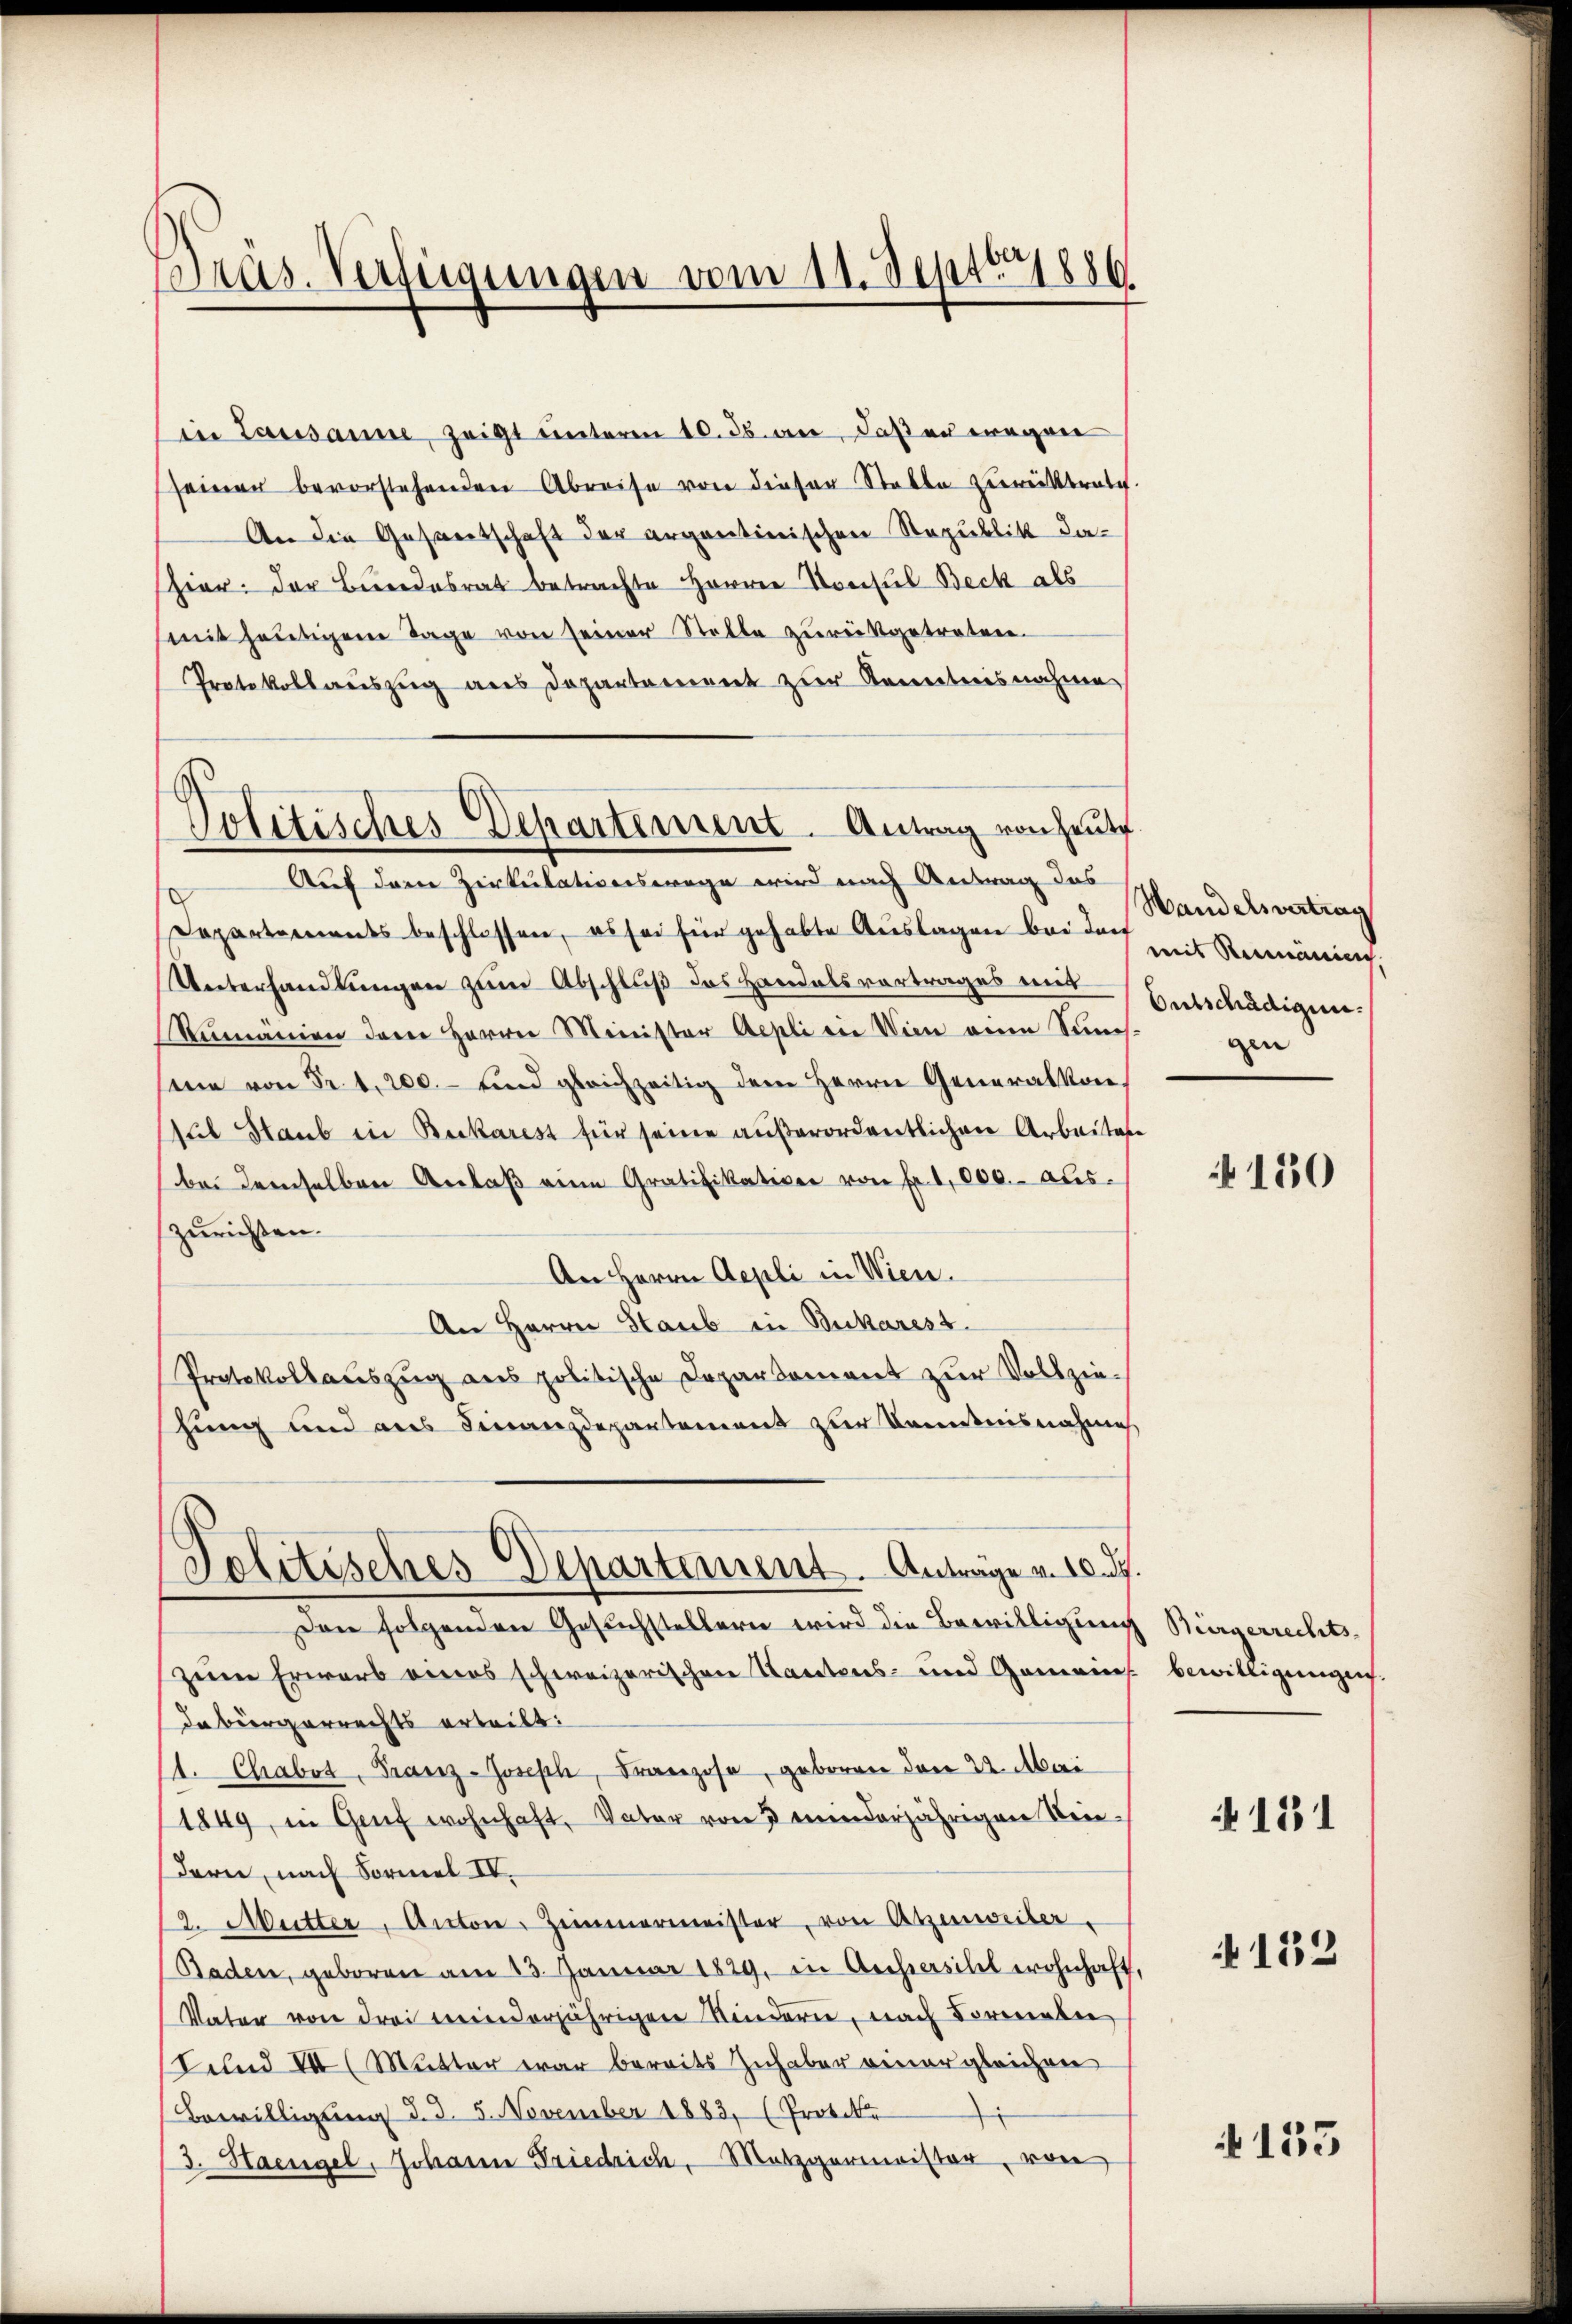
s
Pras. Verfügungen vom 11. Septbr 1880

Ein Lausanne, zeigt unterm 10. ds. an, daß er wegen
seiner bevorstehenden Abreise von dieser Statte zurücktrat.
An die Gesantschaft der argentinischen Republik dahier der Bundesrat betrachte Herren Konsul Beck als
mit heutigen Tage von seiner Stelle zurückgetreten.
Protokollauszug aus Departement zur Kenntnisnahme

Politisches Departement. Antrag von heute
Auf dem Zirkulationswege wird nach Antrag das

C
Departements beschlossen, es sei für gehabte Auslagen bei den
Unterhandlungen zum Abschluß des Handelsvortrages mit Entschädigung
Rumänien dem Herrn Minister Aepli in Wien an Simes.
sine von Fr. 1. 200.- und gleichzeitig dem Herrn Generalkon¬
Mut Staub in Buckarest für seine außerordentlichen Arbeiten
bei demselben Anlaβ eine Gratifikation von Fr. 1000.- aus.
zurichten.
An Herrn Aepli in Wien.
An Herrn Staub in Bickarest.
Protokollauszug aus politische Departement zur Vollziehung und aus Finanzdepartement zur Kenntnisnahme

Politisches Departement. Anträge v. 10. d.

den folgenden Gesuchstellern wird die Bewilligung Bürgerrechts-
zum Erwarb eines schweizerischen Kantons- und Gemeins. bewilligungen.
debürgerrechts erteilt:
1. Chrabot, Franz-Joseph, Franzose, geboren den 24. Mai
1849, in Genf wohnhaft, Vater von 3 minderjährigen Rein-
dern, nach Formel IV.
12. Mütter, Anton Zimmermeister, von Atzenweiber.
Baden, geboren am 13. Januar 1829, in Archiersihl wohnhaft,
Vater von drei meinderjährigen Kindern, nach Formaler
selnd III (Mutter war bereits Inhaber einer gleichen
Bewilligung d. d. 5. November 1883, (Protoko
i
3. Haengel, Johann Friedrich, Metzgermeister, von

Handelsvertrag
mit Reinenein,
gen

150

131

152

4133